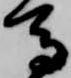
馬